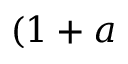
( 1 + a